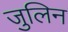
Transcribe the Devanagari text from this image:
जुलिन